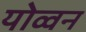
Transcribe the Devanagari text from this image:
योव्वन